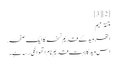
[2][3]
متنترمیم
اتھر وید کے قدیم نسخہ کا ایک صفحہ.
اس وید کا بہت قدیم نام اتھوانگی رسہ ہے۔